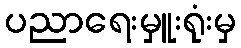
ပညာရေးမှူးရုံးမှ